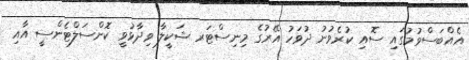
އެއްބަސްވުމުގައި ސޮއި ކުރެވުނު ދުވަހު އޭރުގެ މިނިސްޓަރ ޝަކީލާ ވިދާޅުވީ ކޮންސަލްޓެންސީ އާއި